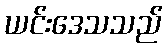
ယင်းဒေသသည်